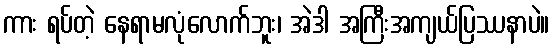
ကား ရပ်တဲ့ နေရာမလုံလောက်ဘူး၊ အဲဒါ အကြီးအကျယ်ပြဿနာပဲ။